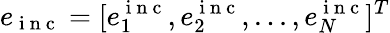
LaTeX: e_{\mathrm{~i~n~c~}}=[e_{1}^{\mathrm{~i~n~c~}},e_{2}^{\mathrm{~i~n~c~}},...,e_{N}^{\mathrm{~i~n~c~}}]^{T}